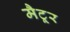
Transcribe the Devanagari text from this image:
मैटूर